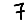
Digit: 7